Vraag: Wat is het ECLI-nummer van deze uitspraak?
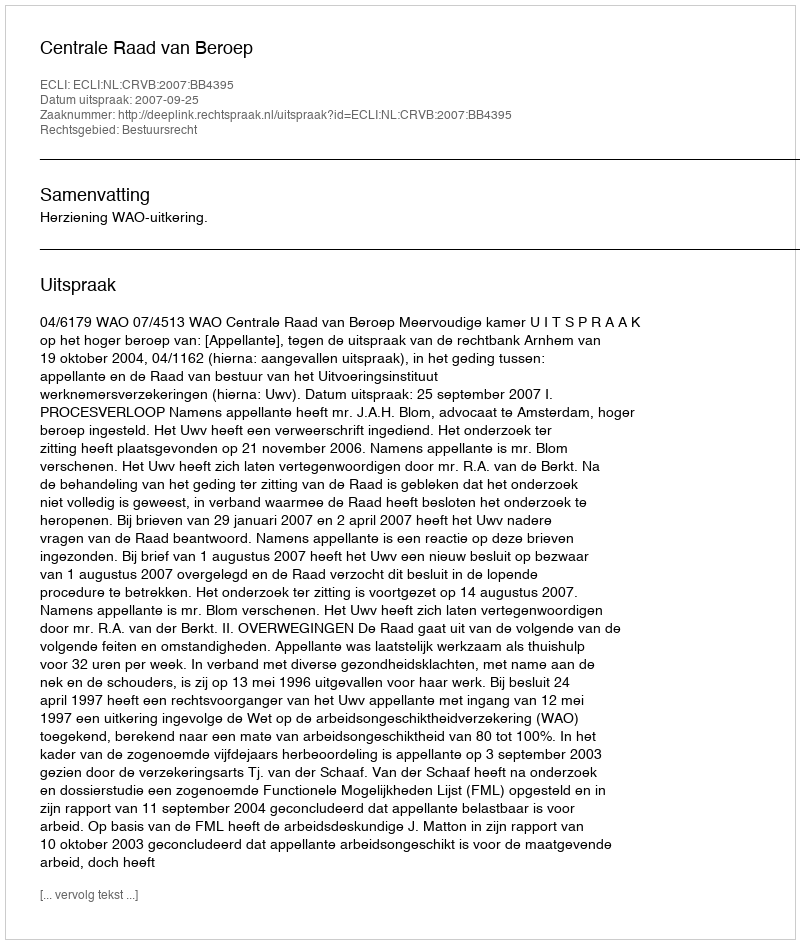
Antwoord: ECLI:NL:CRVB:2007:BB4395